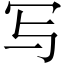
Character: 写